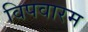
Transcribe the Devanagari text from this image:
विपवारम